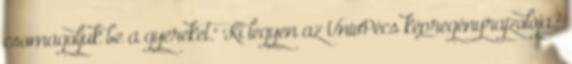
csomagoljuk be a gyereket." Ki legyen az UnivPécs képregényrajzolója?